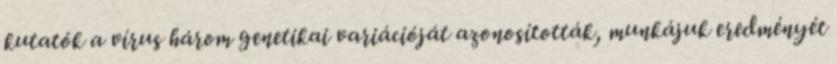
kutatók a vírus három genetikai variációját azonosították, munkájuk eredményét